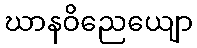
ဃာနဝိညေယျော